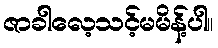
ဇာခါလေ့သင့်မမိန့်ပါ။